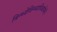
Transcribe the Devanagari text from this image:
विन्ध्येविन्ध्याधिवासिनी।